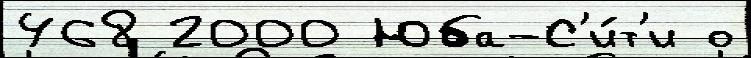
468 2000 Юба-С'и́т'и о